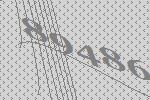
89486